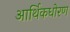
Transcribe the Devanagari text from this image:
आर्थिकधोरण